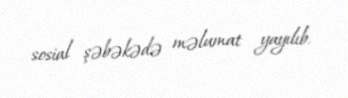
sosial şəbəkədə məlumat yayılıb.